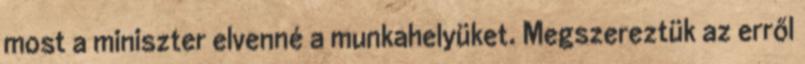
most a miniszter elvenné a munkahelyüket. Megszereztük az erről